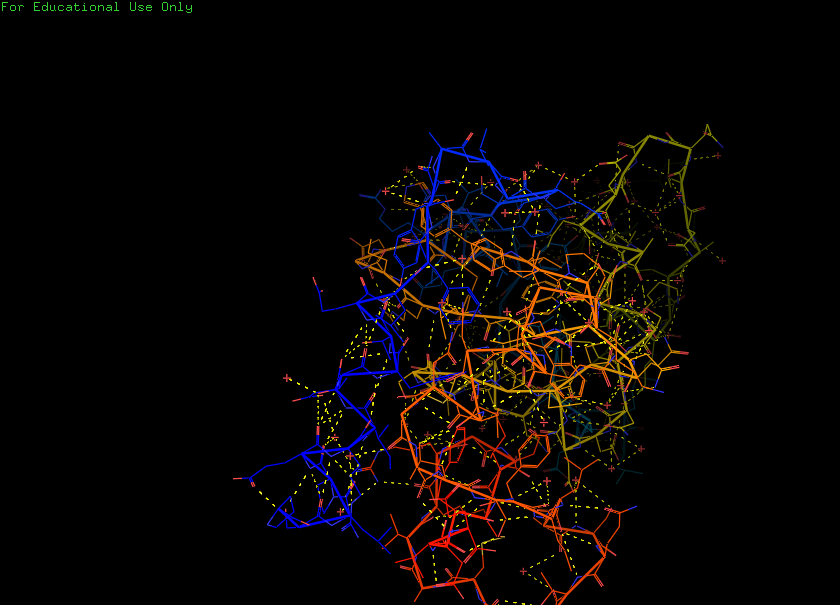
pymol, preset, technical